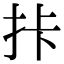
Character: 拤